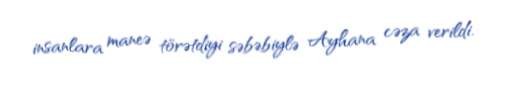
insanlara maneə törətdiyi səbəbiylə Ayhana cəza verildi.